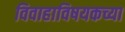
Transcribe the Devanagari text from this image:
विवाहाविषयकच्या